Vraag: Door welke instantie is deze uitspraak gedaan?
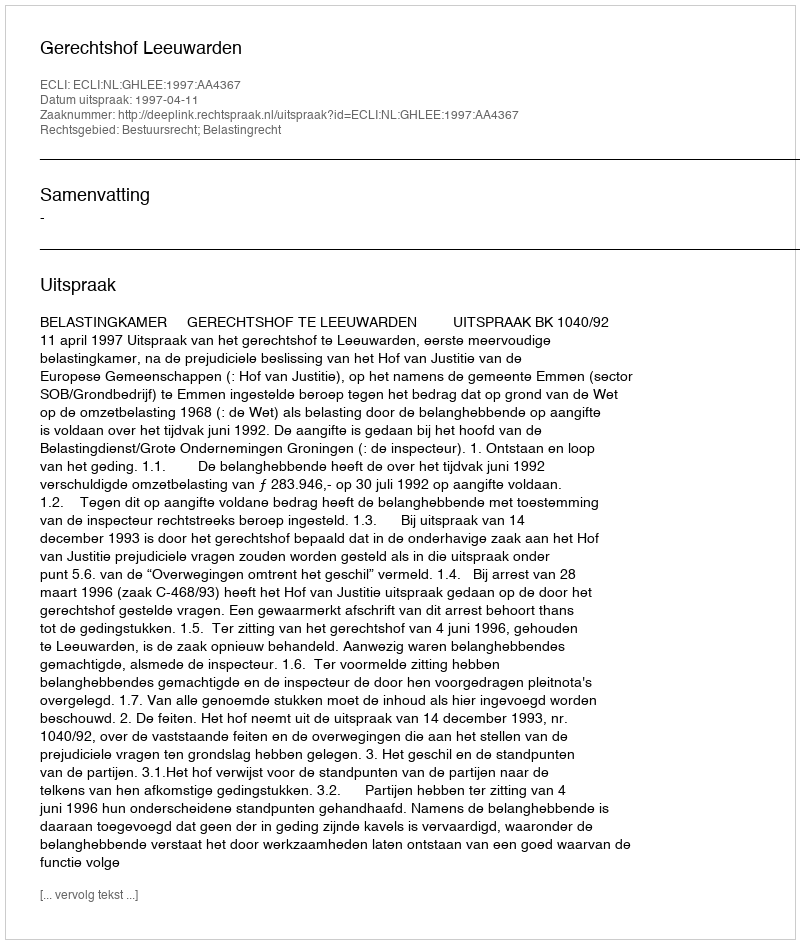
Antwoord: Gerechtshof Leeuwarden